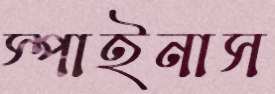
স্পাইনাস